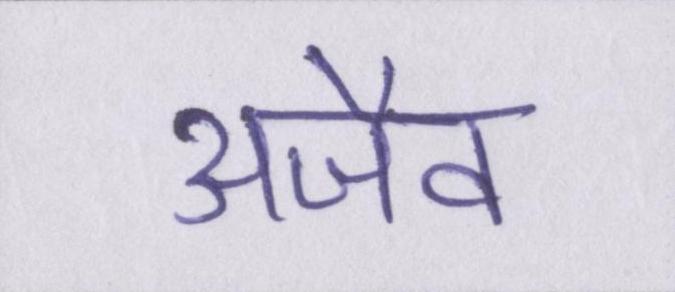
अजैव